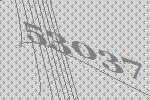
53037